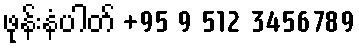
ဖုန်းနံပါတ် +95 9 512 3456789